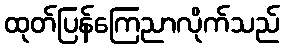
ထုတ်ပြန်ကြေညာလိုက်သည်